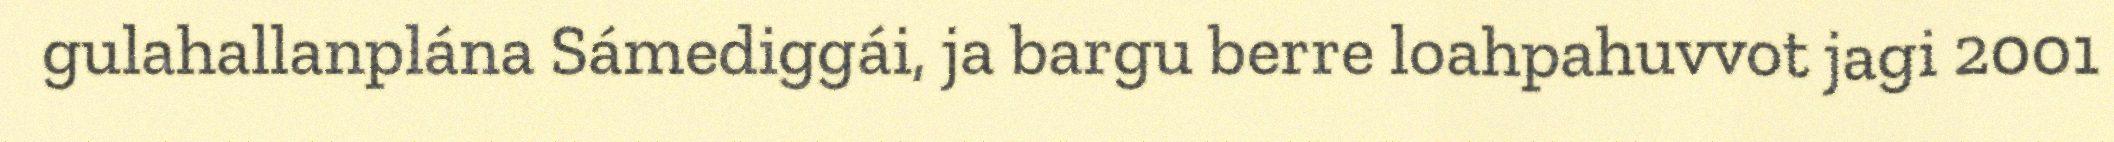
gulahallanplána Sámediggái, ja bargu berre loahpahuvvot jagi 2001